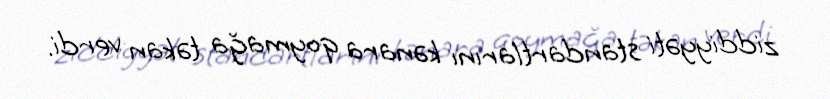
ziddiyyəti standartlarını kənara qoymağa təkan verdi.